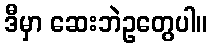
ဒီမှာ ဆေးဘဲဥတွေပါ။